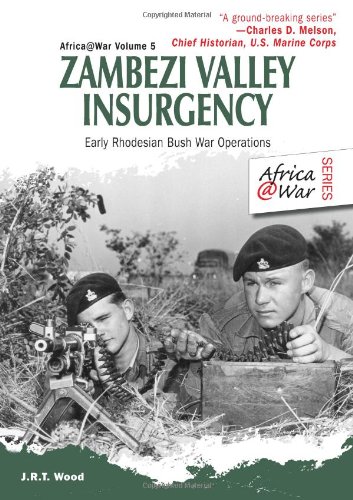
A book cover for Zambezi Valley Insurgency: Early Rhodesian Bush War Operations (Africa@war); J.R.T. Wood; History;